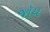
જૉય